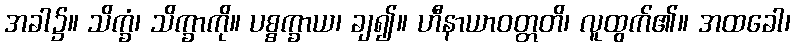
အခါ၌။ သိက္ခံ၊ သိက္ခာကို။ ပစ္စက္ခာယ၊ ချ၍။ ဟီနာယာဝတ္တတိ၊ လူထွက်၏။ အထခေါ၊